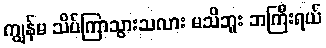
ကျွန်မ သိပ်ကြာသွားသလား မသိဘူး ဘကြီးရယ်